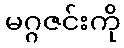
မဂ္ဂဇင်းကို